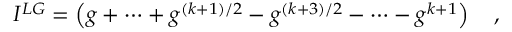
{ \cal I } ^ { L G } = \left( g + \cdots + g ^ { ( k + 1 ) / 2 } - g ^ { ( k + 3 ) / 2 } - \cdots - g ^ { k + 1 } \right) \quad ,